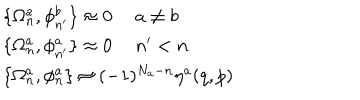
LaTeX: \begin{array} { l } { { \{ \Omega _ { n } ^ { a } , \phi _ { n ^ { \prime } } ^ { b } \} \approx 0 \ a \ne b } } \\ { { \{ \Omega _ { n } ^ { a } , \phi _ { n ^ { \prime } } ^ { a } \} \approx 0 \ n ^ { \prime } < n } } \\ { { \{ \Omega _ { n } ^ { a } , \phi _ { n } ^ { a } \} \approx ( - 1 ) ^ { N _ { a } - n } \eta ^ { a } ( q , p ) } } \\ \end{array}